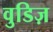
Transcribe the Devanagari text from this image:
वुडिज़